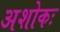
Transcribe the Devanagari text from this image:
अशोकः